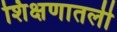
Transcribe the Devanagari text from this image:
शिक्षणातली